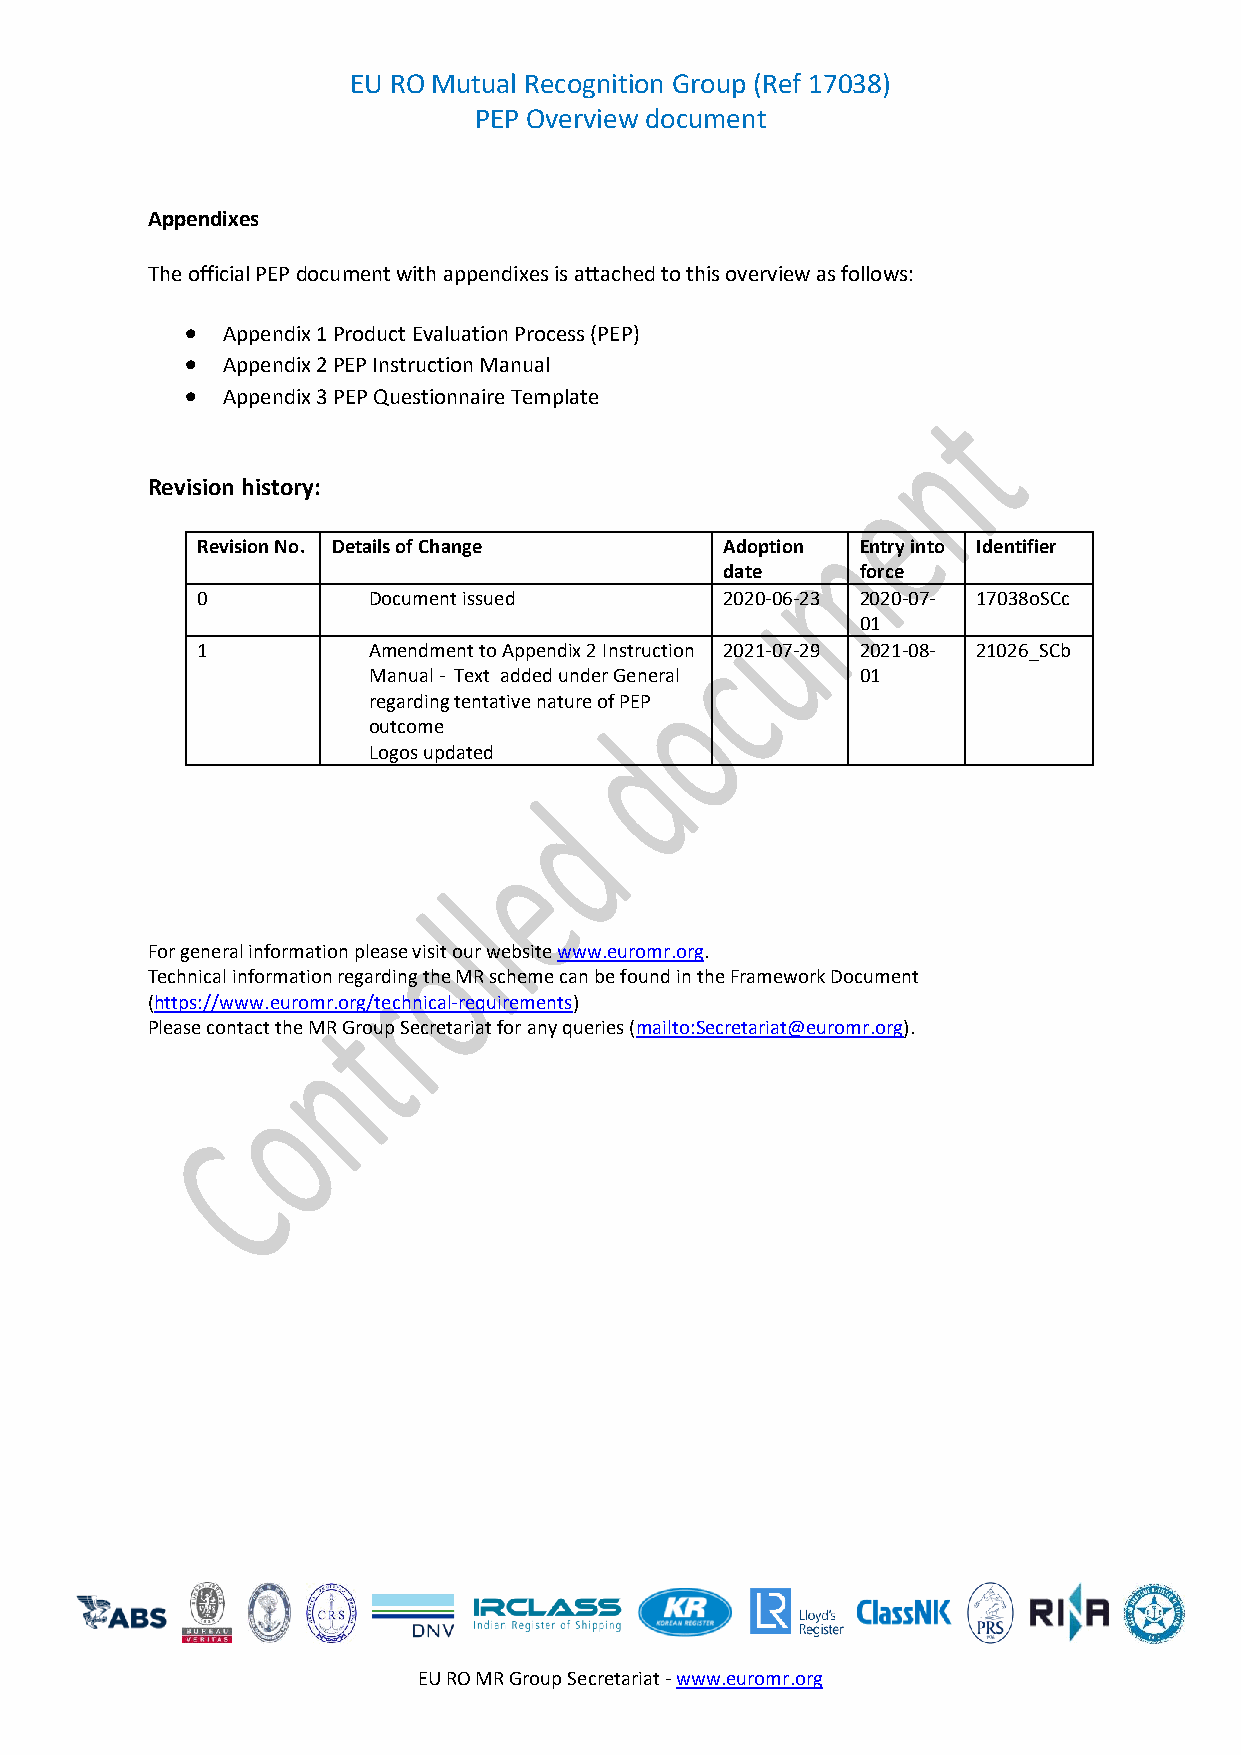
EU RO Mutual Recognition Group (Ref 17038)
 PEP Overview document
 Appendixes
 The official PEP document with appendixes is attached to this overview as follows:
 •  Appendix 1 Product Evaluation Process (PEP)
 •  Appendix 2 PEP Instruction Manual
 •  Appendix 3 PEP Questionnaire Template
 Revision history:
 Revision No. Details of Change     Adoption Entry into Identifier
 date     force
 0          Document issued         2020-06-23 2020-07- 17038oSCc
 01
 1          Amendment to Appendix 2 Instruction 2021-07-29 2021-08- 21026_SCb
 Manual - Text added under General 01
 regarding tentative nature of PEP
 outcome
 Logos updated
 For general information please visit our website www.euromr.org.
 Technical information regarding the MR scheme can be found in the Framework Document
 (https://www.euromr.org/technical-requirements)
 Please contact the MR Group Secretariat for any queries (mailto:Secretariat@euromr.org).
 EU RO MR Group Secretariat - www.euromr.org